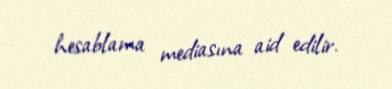
hesablama mediasına aid edilir.